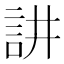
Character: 𮗻